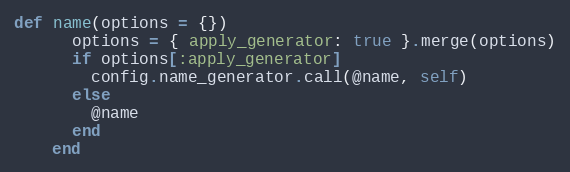
Language: Ruby
def name(options = {})
      options = { apply_generator: true }.merge(options)
      if options[:apply_generator]
        config.name_generator.call(@name, self)
      else
        @name
      end
    end